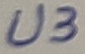
Text: U3